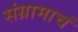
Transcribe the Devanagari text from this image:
संग्रामाचं